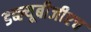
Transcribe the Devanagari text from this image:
डब्ल्यूबीजीएच